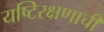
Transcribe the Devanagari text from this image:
यष्टिरक्षणाची